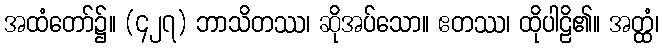
အထံတော်၌။ (၄၂၇) ဘာသိတဿ၊ ဆိုအပ်သော။ ဧတဿ၊ ထိုပါဠိ၏။ အတ္ထံ၊